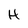
Character: H